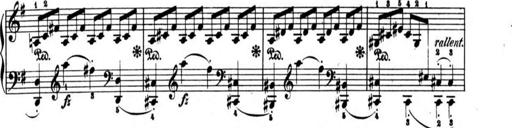
Title: AusgewÃ¤hlte Sonaten
Composer: Muzio Clementi